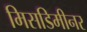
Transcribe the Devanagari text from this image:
मिसडिमीनर